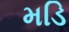
મડિ